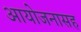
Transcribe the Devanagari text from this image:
आयोजनासह